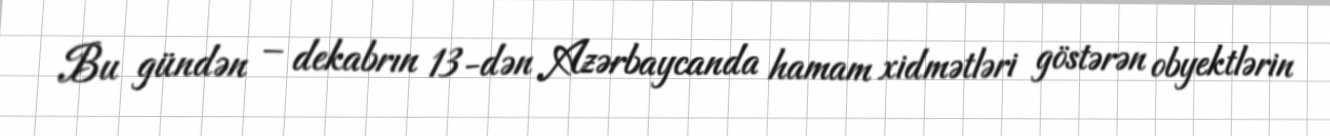
Bu gündən – dekabrın 13-dən Azərbaycanda hamam xidmətləri göstərən obyektlərin